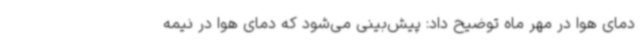
دمای هوا در مهر ماه توضیح داد: پیش‌بینی می‌شود که دمای هوا در نیمه